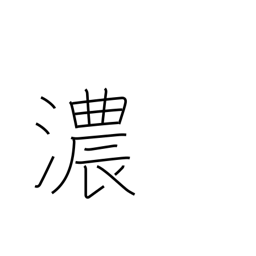
Meaning: undiluted